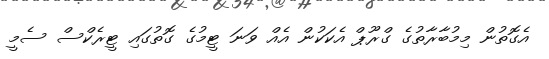
އެގޮތުން މިމުބާރާތުގެ ގްރޫޕް އެކަކުން އެއް ވަނަ ޓީމުގެ ގޮތުގައި ޓީރެކްސް ސެމީ